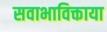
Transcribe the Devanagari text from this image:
सवाभाविक्ताया